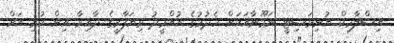
އިސްލާމިކް ޔުނިވަސިޓީ ނަމޫނާއަކަށް ހެދުމުގެ އުއްމީދު ވިޔަފާރީގެ ދާއިރާ އިން ކުރި އަށް